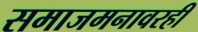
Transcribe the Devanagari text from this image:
समाजमनावरही